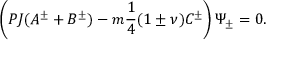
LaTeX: \left( P J ( A ^ { \pm } + B ^ { \pm } ) - m \frac { 1 } { 4 } ( 1 \pm \nu ) C ^ { \pm } \right) \Psi _ { \pm } = 0 .